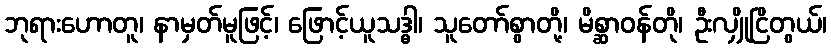
ဘုရားဟောတူ၊ နာမှတ်မူဖြင့်၊ ဖြောင့်ယူသဒ္ဓါ၊ သူတော်စွာတို့၊ မိစ္ဆာဝန်တို၊ ဦးလျှိုငြိတွယ်၊